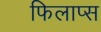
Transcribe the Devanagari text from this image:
फिलाप्स